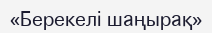
«Берекелі шаңырақ»